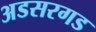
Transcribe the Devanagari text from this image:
अडसरगड